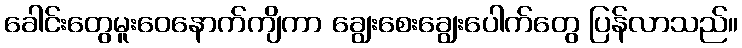
ခေါင်းတွေမူးဝေနောက်ကျိကာ ချွေးစေးချွေးပေါက်တွေ ပြန်လာသည်။